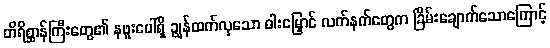
တိရိစ္ဆာန်ကြီးတွေ၏ နဖူးပေါ်ရှိ ချွန်ထက်လှသော ဓါးမြှောင် လက်နက်တွေက ခြိမ်းချောက်သောကြောင့်